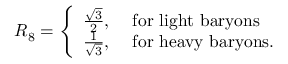
R _ { 8 } = \left\{ \begin{array} { c l } { { \frac { \sqrt 3 } { 2 } , } } & { { \mathrm { ~ f o r ~ l i g h t ~ b a r y o n s } } } \\ { { \frac { 1 } { \sqrt 3 } , } } & { { \mathrm { ~ f o r ~ h e a v y ~ b a r y o n s } . } } \end{array} \right.